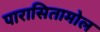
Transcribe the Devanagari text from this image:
पारासितामोल